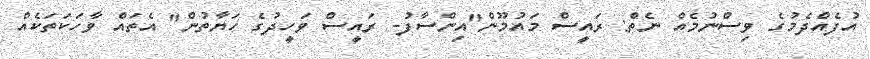
އުފެއްދެމުގެ ވިސްނުމެއް ނެތް: ރައީސް މައުމޫން"އިންސާފު- ރައީސް ވަހީދުގެ ހަޔާތުން" އެތަައް ވާހަކަތަކެއް